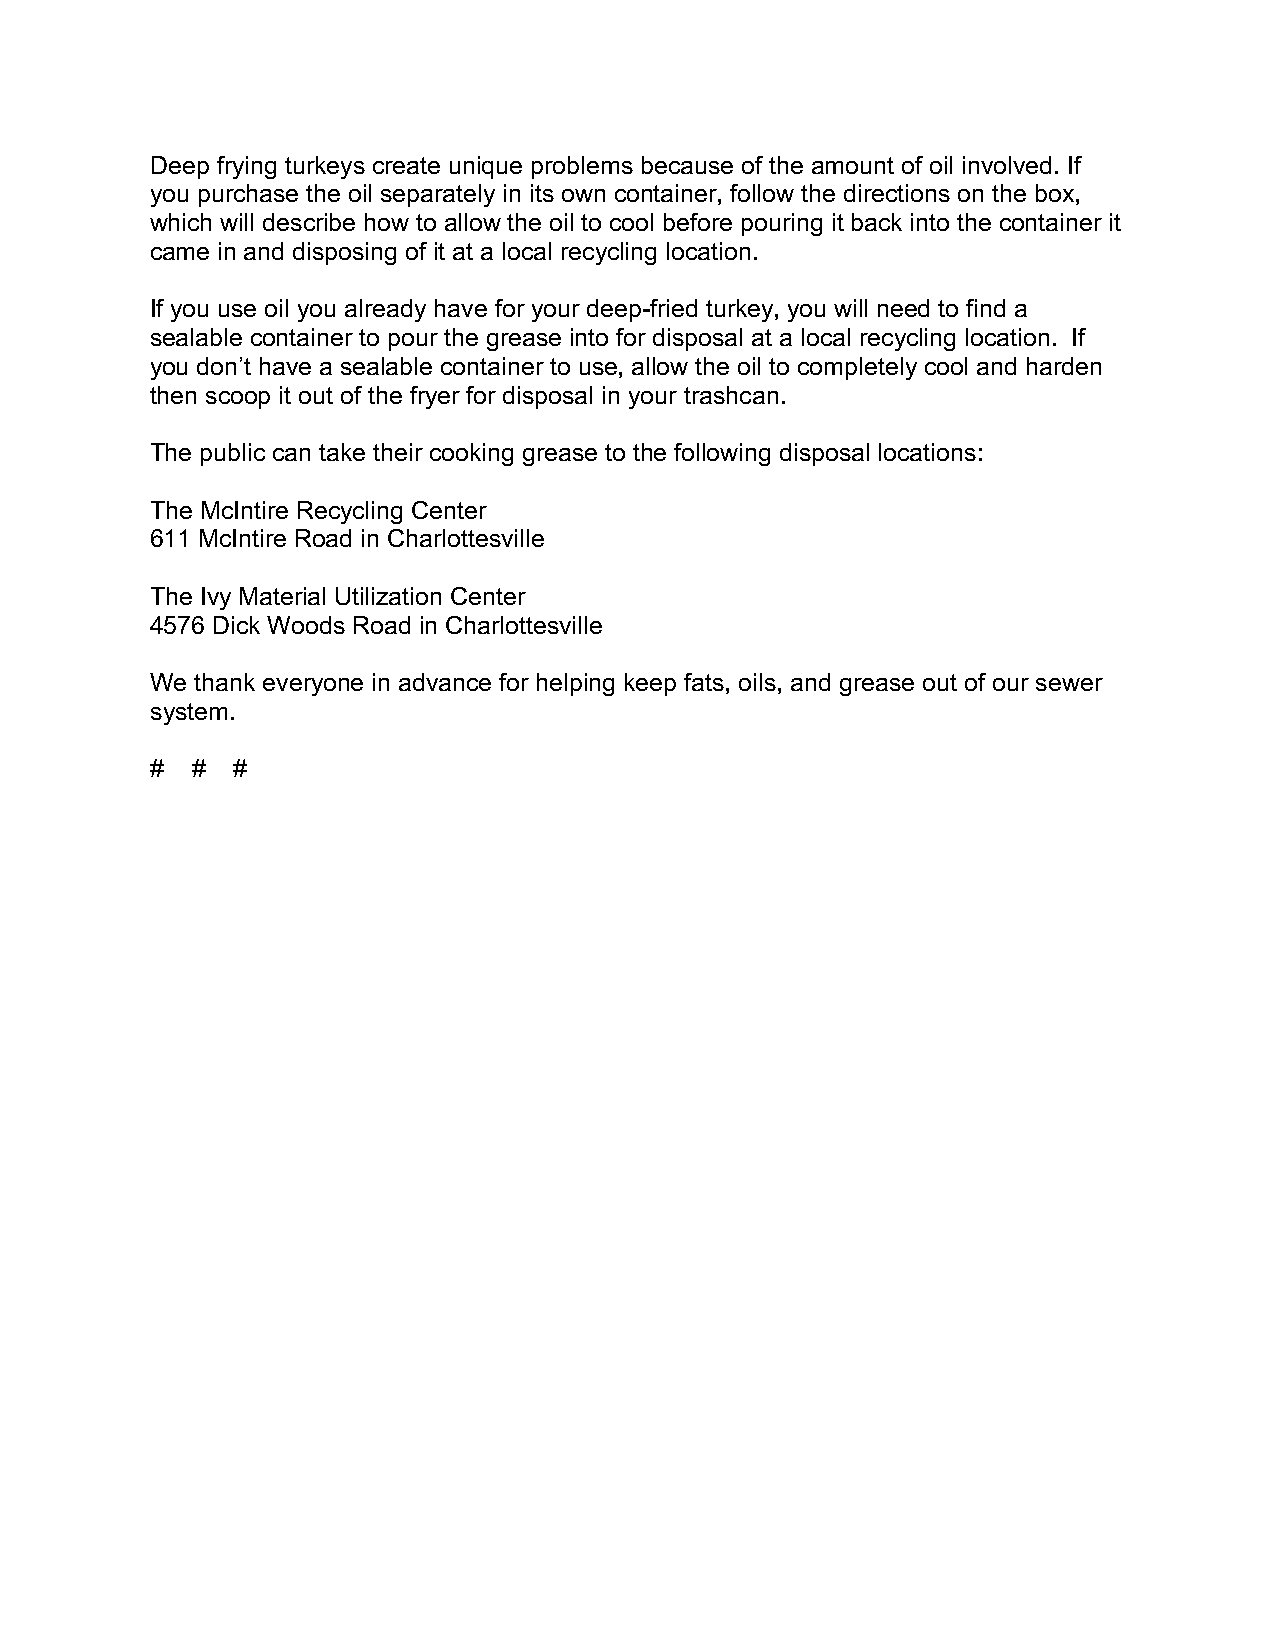
Deep frying turkeys create unique problems because of the amount of oil involved. If
 you purchase the oil separately in its own container, follow the directions on the box,
 which will describe how to allow the oil to cool before pouring it back into the container it
 came in and disposing of it at a local recycling location.
 If you use oil you already have for your deep-fried turkey, you will need to find a
 sealable container to pour the grease into for disposal at a local recycling location. If
 you don’t have a sealable container to use, allow the oil to completely cool and harden
 then scoop it out of the fryer for disposal in your trashcan.
 The public can take their cooking grease to the following disposal locations:
 The McIntire Recycling Center
 611 McIntire Road in Charlottesville
 The Ivy Material Utilization Center
 4576 Dick Woods Road in Charlottesville
 We thank everyone in advance for helping keep fats, oils, and grease out of our sewer
 system.
 #  # #